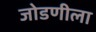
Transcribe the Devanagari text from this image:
जोडणीला